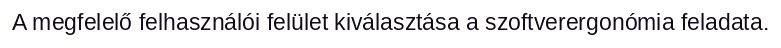
A megfelelő felhasználói felület kiválasztása a szoftverergonómia feladata.